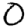
Digit: 0